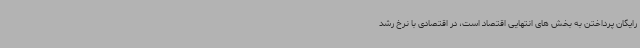
رایگان پرداختن به بخش های انتهایی اقتصاد است، در اقتصادی با نرخ رشد